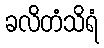
ခလိတံသိရံ